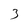
Character: 3